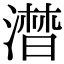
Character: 澘